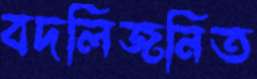
বদলিজনিত